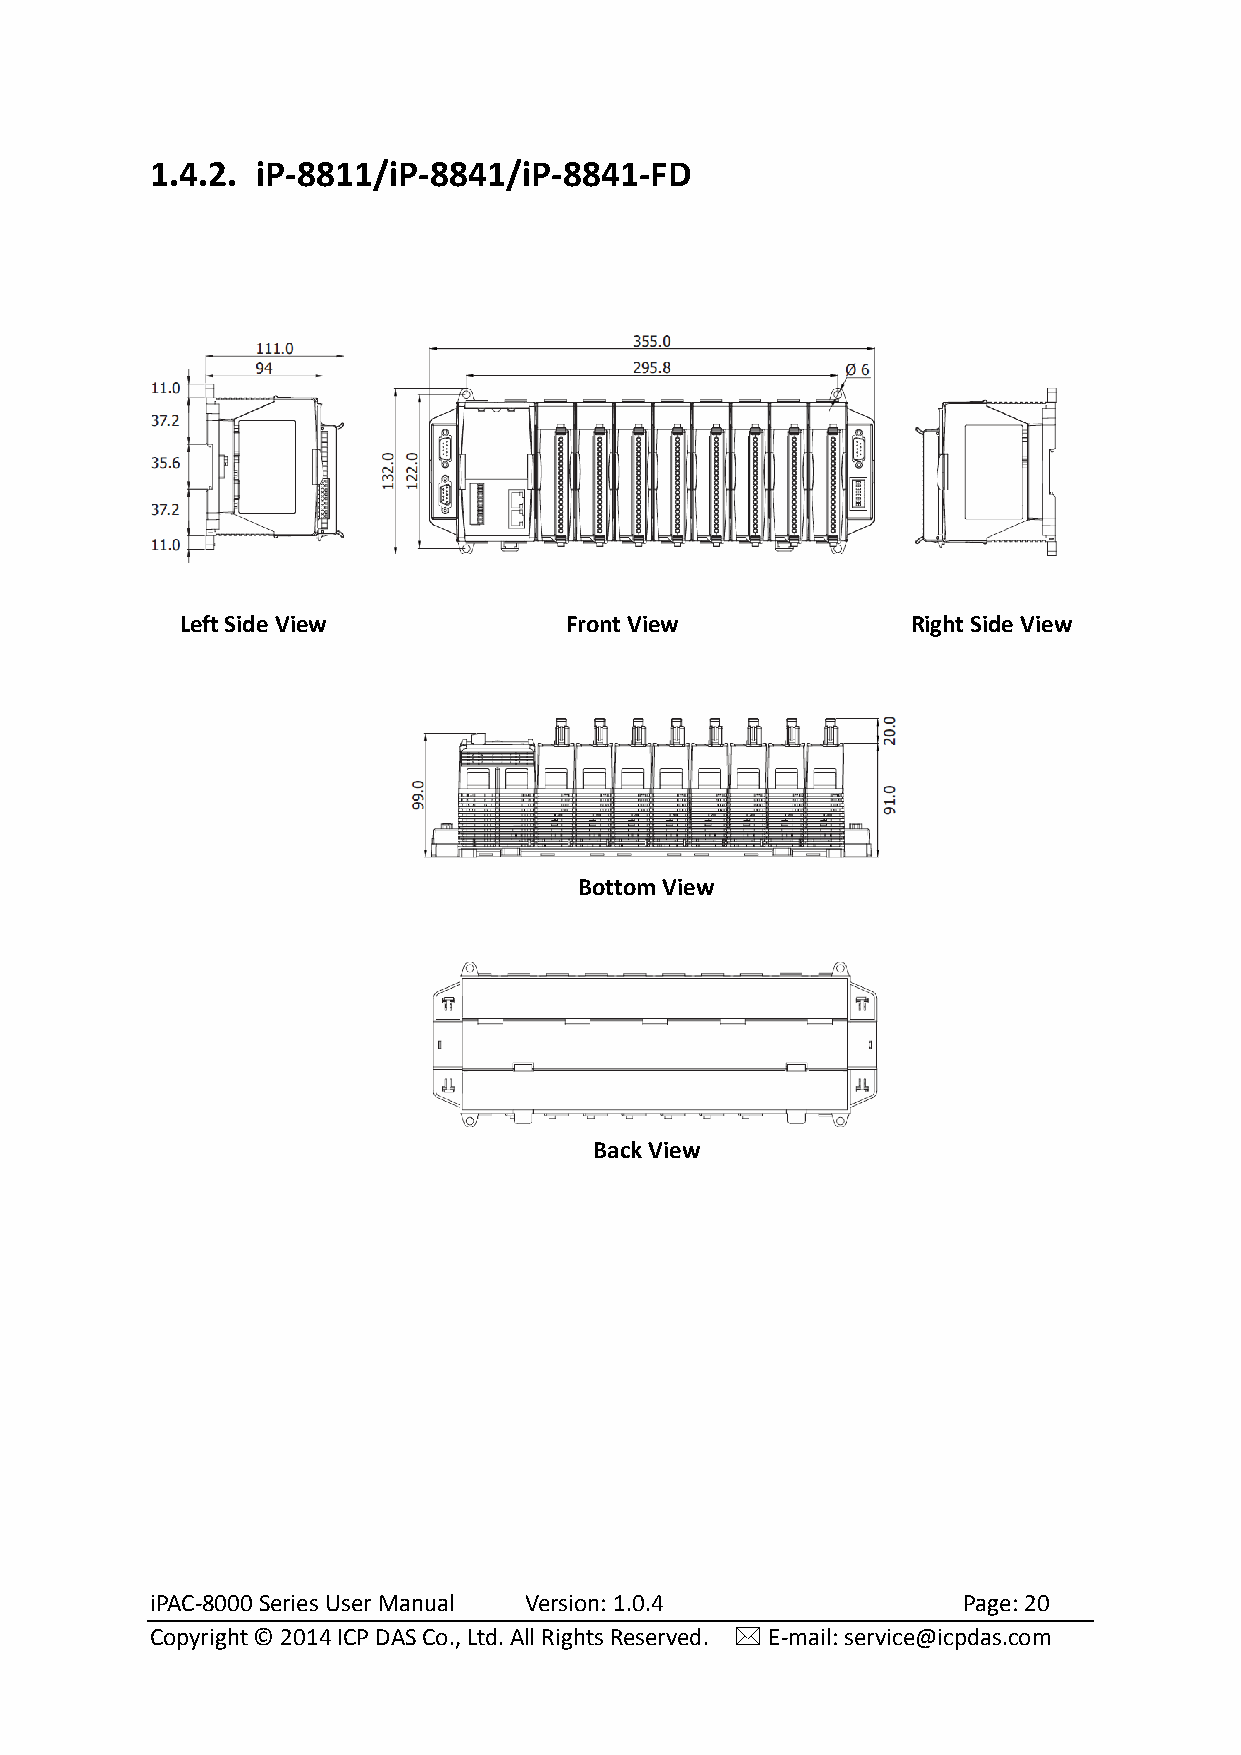
1.4.2. iP-8811/iP-8841/iP-8841-FD
 Left Side View           Front View             Right Side View
 Bottom View
 Back View
 iPAC-8000 Series User Manual Version: 1.0.4           Page: 20
 Copyright © 2014 ICP DAS Co., Ltd. All Rights Reserved.  E-mail: service@icpdas.com